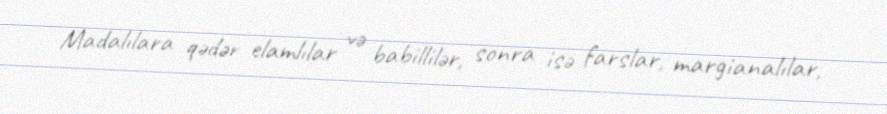
Madalılara qədər elamlılar və babillilər, sonra isə farslar, margianalılar,